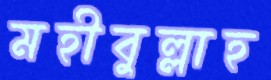
মহীবুল্লাহ